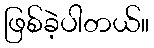
ဖြစ်ခဲ့ပါတယ်။